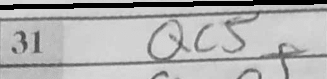
Transcription: Qc5